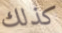
كذلك